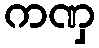
ကဏှ